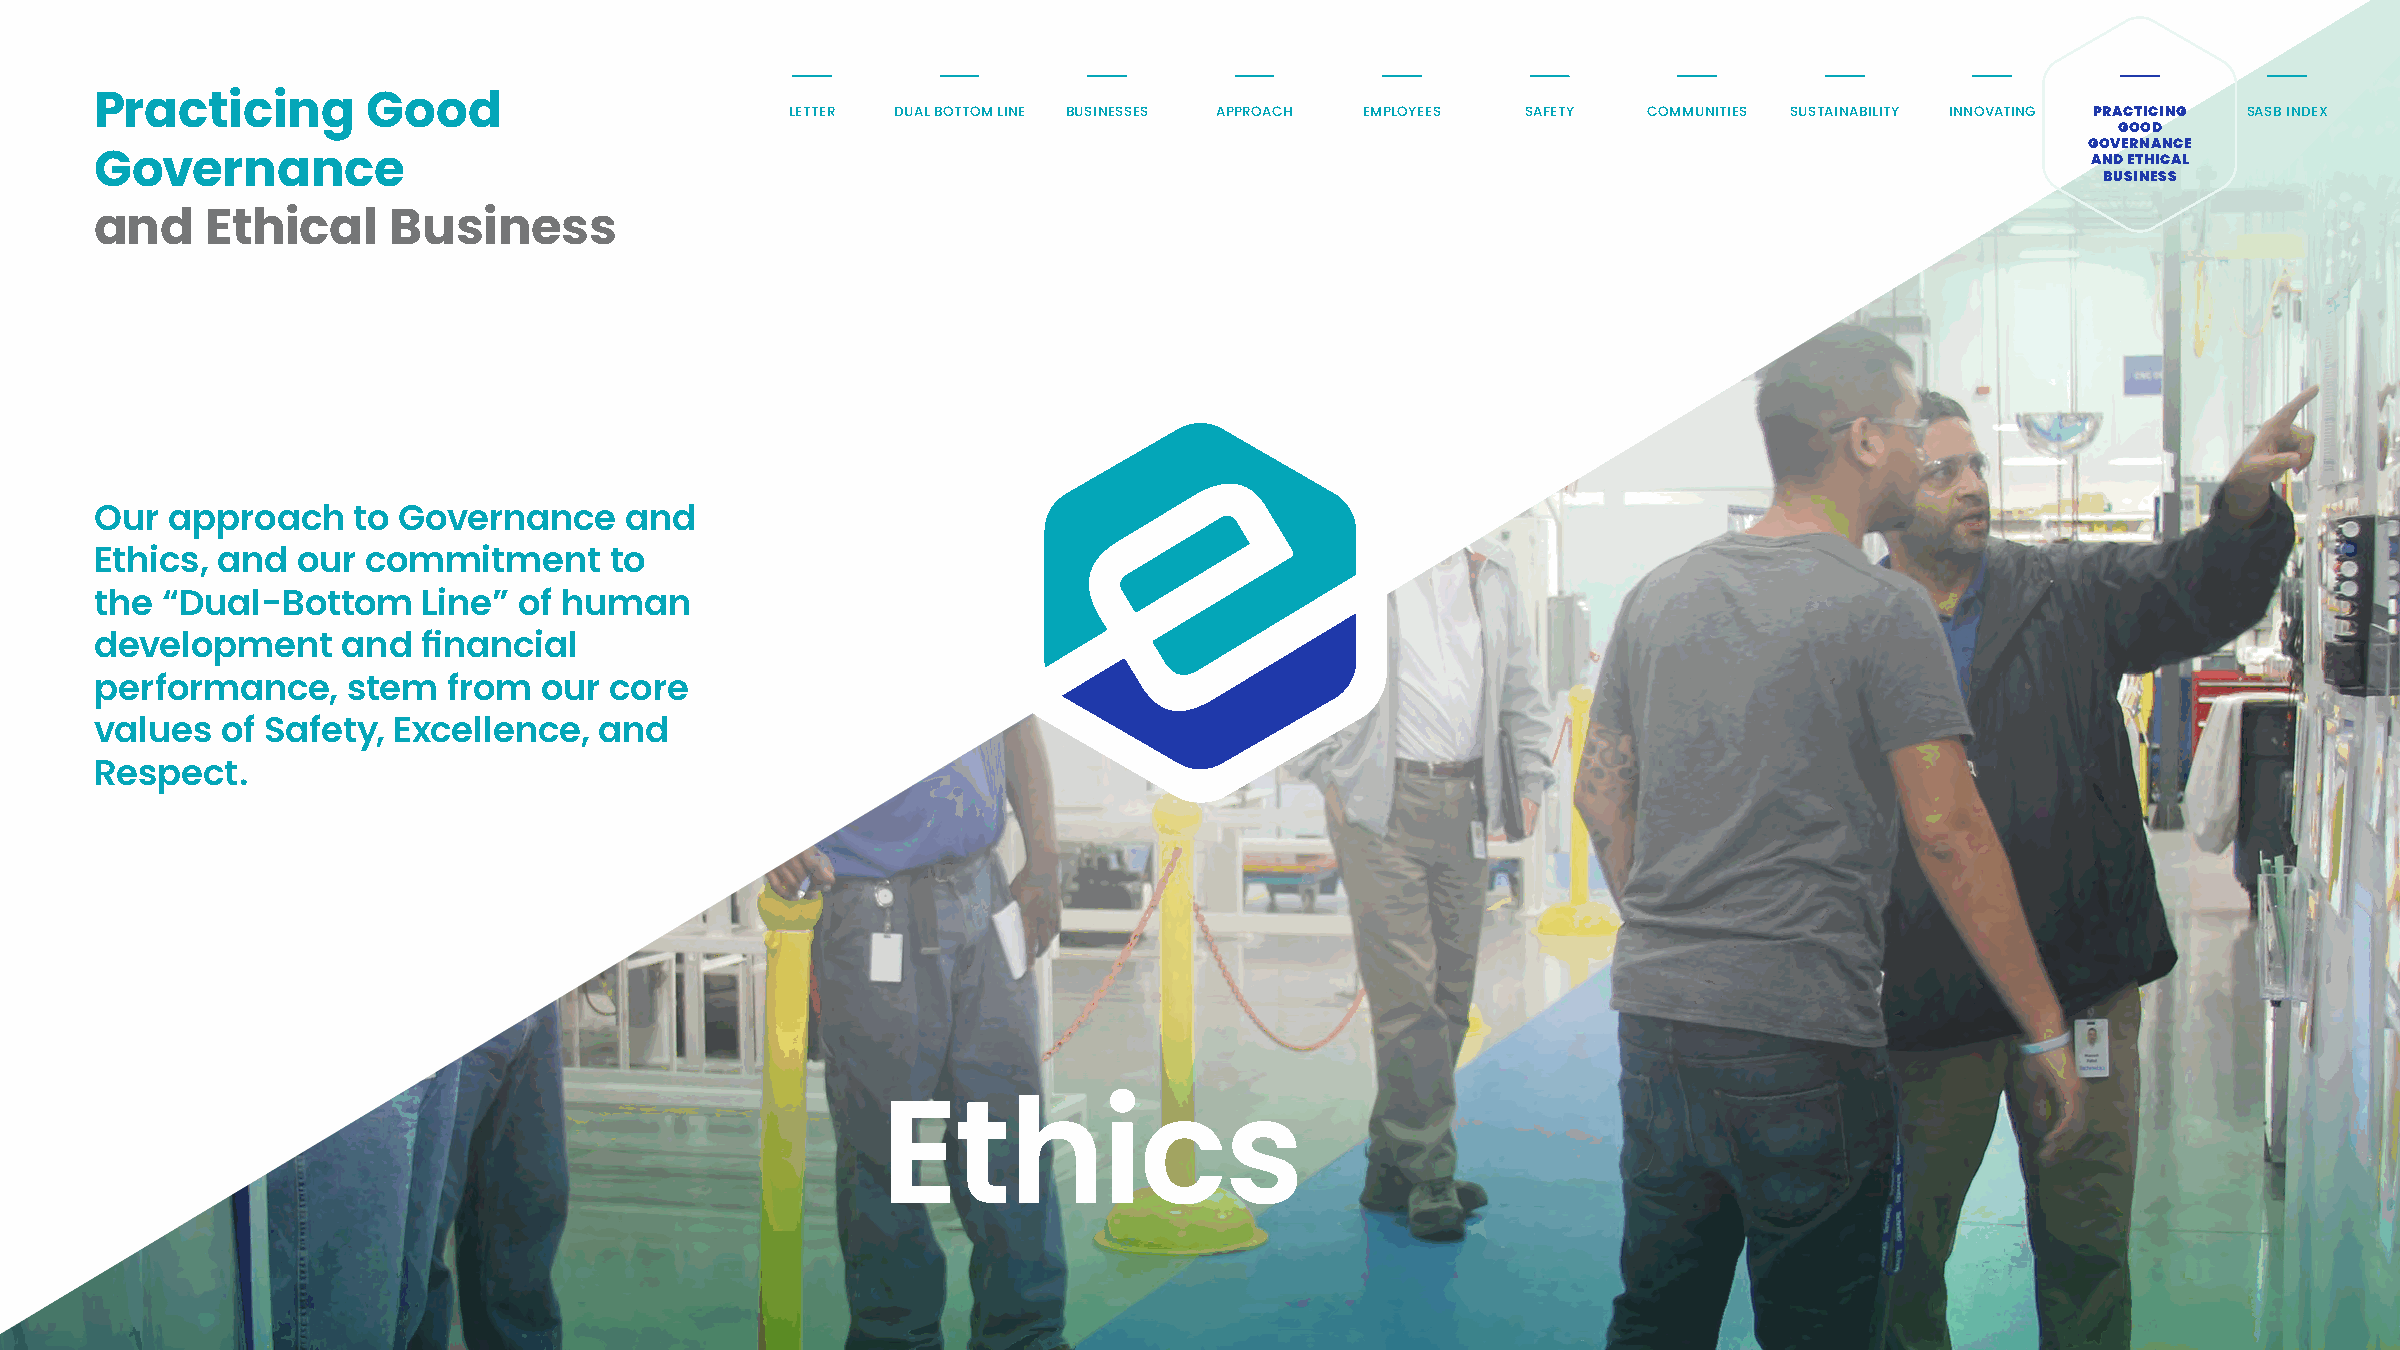
Practicing        Good                        LETTER DUAL BOTTOM LINE BUSINESSES APPROACH EMPLOYEES SAFETY COMMUNITIES SUSTAINABILITY INNOVATING PRACTICING SASB INDEX
 GOOD
 GOVERNANCE
 AND ETHICAL
 Governance
 BUSINESS
 and     Ethical     Business
 Our  approach    to Governance     and
 Ethics, and   our commitment      to
 the  “Dual-Bottom     Line” of human
 development      and  financial
 performance,     stem   from  our core
 values   of Safety, Excellence,   and
 Respect.
 Ethics